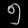
Digit: ၅